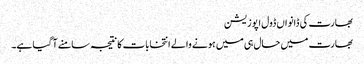
بھارت کی ڈانواں ڈول اپوزیشن
بھارت میں حال ہی میں ہونے والے انتخابات کا نتیجہ سامنے آ گیا ہے۔